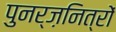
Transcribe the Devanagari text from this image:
पुनर्ज़नित्रों